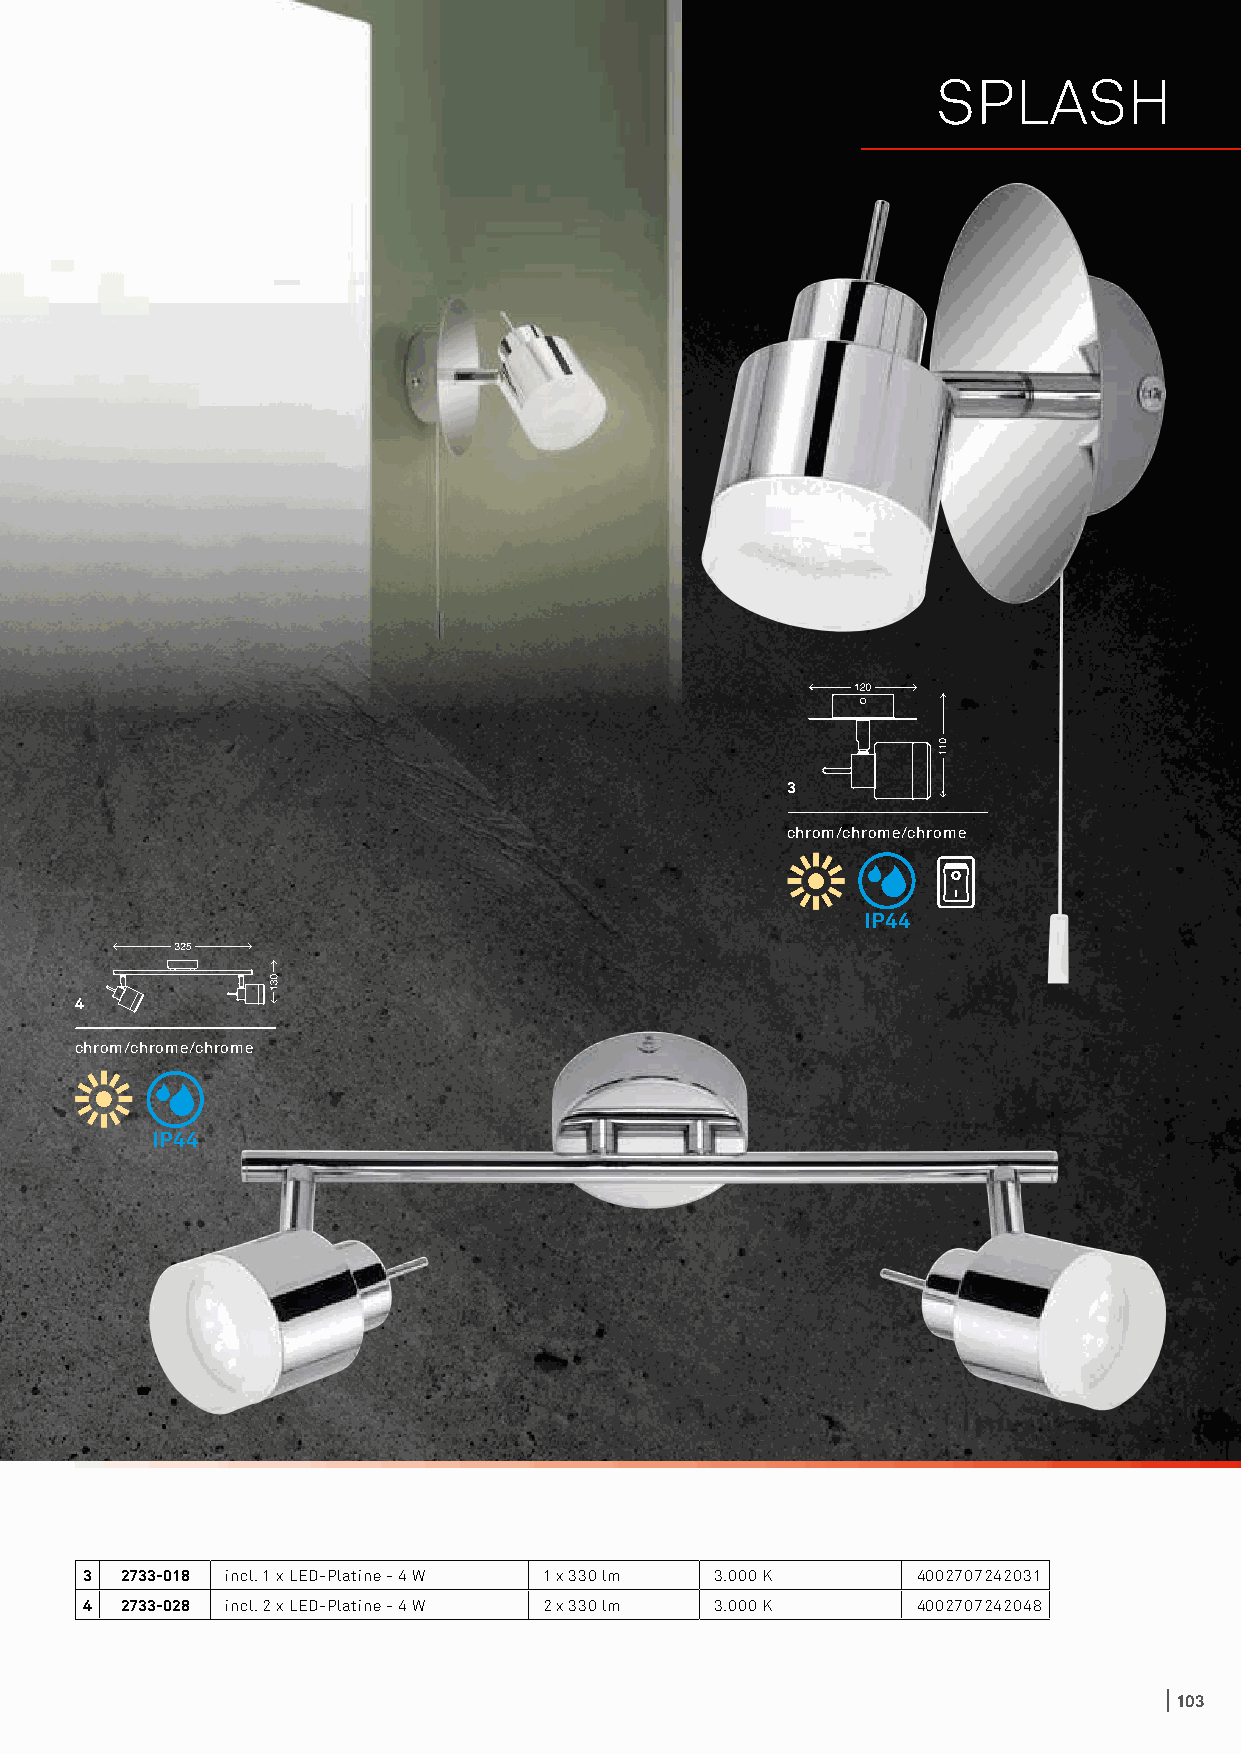
SPLASH
 3
 chrom/chrome/chrome
 IP44
 4
 chrom/chrome/chrome
 IP44
 3 2733-018 incl. 1 x LED-Platine - 4 W 1 x 330 lm 3.000 K 4002707242031
 4 2733-028 incl. 2 x LED-Platine - 4 W 2 x 330 lm 3.000 K 4002707242048
 103